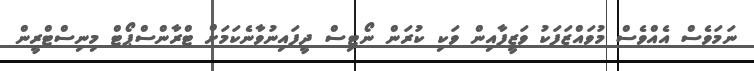
ނަމަވެސް އެއްވެސް މުވައްޒަފަކު ވަޒީފާއިން ވަކި ކުރަން ނޯޓިސް ދީފައިނުވާނެކަމަށް ޓްރާންސްޕޯޓް މިނިސްޓްރީން